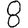
Digit: 8